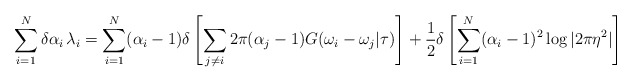
\begin{align*}\sum_{i=1}^{N} \delta \alpha_{i} \, \lambda_{i} = \sum_{i=1}^{N}(\alpha_{i} -1) \delta \left[ \sum_{j \neq i} 2\pi (\alpha_{j} -1)G(\omega_{i} -\omega_{j} | \tau) \right] + \frac{1}{2} \delta \left[\sum_{i=1}^{N} (\alpha_{i} -1)^{2} \log |2\pi \eta^{2} | \right]\end{align*}